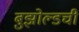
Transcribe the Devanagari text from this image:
बुझोल्डची